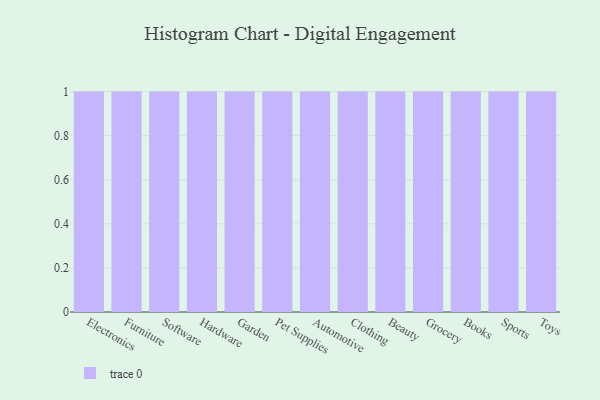
{"axis": {"x": "Category", "y": "Humidity (%)"}, "legend": [""], "data": [{"x": "Electronics", "y": 47, "type": ""}, {"x": "Furniture", "y": 71, "type": ""}, {"x": "Software", "y": 22, "type": ""}, {"x": "Hardware", "y": 48, "type": ""}, {"x": "Garden", "y": 18, "type": ""}, {"x": "Pet Supplies", "y": 5, "type": ""}, {"x": "Automotive", "y": 36, "type": ""}, {"x": "Clothing", "y": 55, "type": ""}, {"x": "Beauty", "y": 55, "type": ""}, {"x": "Grocery", "y": 16, "type": ""}, {"x": "Books", "y": 42, "type": ""}, {"x": "Sports", "y": 44, "type": ""}, {"x": "Toys", "y": 19, "type": ""}]}